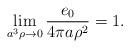
LaTeX: \begin{align*}\lim_{a^3\rho \to 0}\frac{e_0}{4\pi a\rho^2} = 1.\end{align*}